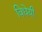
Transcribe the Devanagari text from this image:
विधेयी